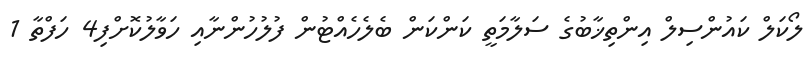
ލޯކަލް ކައުންސިލް އިންތިޚާބުގެ ސަލާމަތީ ކަންކަން ބެލެހެއްޓުން ފުލުހުންނާއި ހަވާލުކޮށްފި4 ހަފްތާ 1